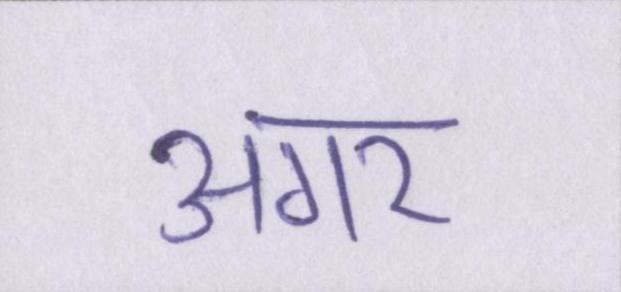
अगर